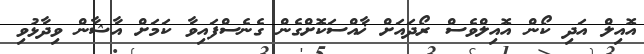
އޮއިލް އަދި ކޯން އޮއިލްވެސް ރޯދައަށް ޚާއްސަކޮށްގެން ގެނެސްފައިވާ ކަމަށް އާޝާން ވިދާޅުވި